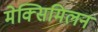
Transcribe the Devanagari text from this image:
मेक्सिमिलन